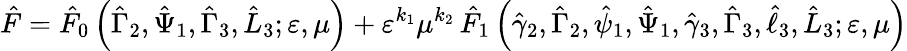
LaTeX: \hat{F}=\hat{F}_{0}\left(\hat{\Gamma}_{2},\hat{\Psi}_{1},\hat{\Gamma}_{3},\hat{L}_{3};\varepsilon,\mu\right)+\varepsilon^{k_{1}}\mu^{k_{2}}\, \hat{F}_{1}\left(\hat{\gamma}_{2},\hat{\Gamma}_{2},\hat{\psi}_{1},\hat{\Psi}_{1},\hat{\gamma}_{3},\hat{\Gamma}_{3},\hat{\ell}_{3},\hat{L}_{3};\varepsilon,\mu\right)